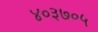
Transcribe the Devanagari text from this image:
४०३७०५